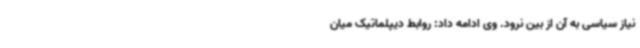
نیاز سیاسی به آن از بین نرود. وی ادامه داد: روابط دیپلماتیک میان